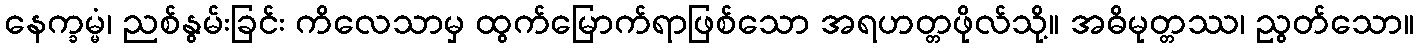
နေက္ခမ္မံ၊ ညစ်နွမ်းခြင်း ကိလေသာမှ ထွက်မြောက်ရာဖြစ်သော အရဟတ္တဖိုလ်သို့။ အဓိမုတ္တဿ၊ ညွတ်သော။